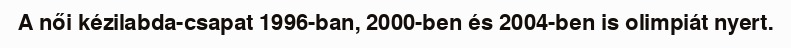
A női kézilabda-csapat 1996-ban, 2000-ben és 2004-ben is olimpiát nyert.